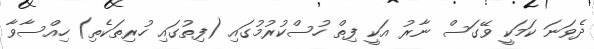
ދެވަނަ ކަމަކީ ވޭގަސް ނާރު އަކީ ފިތް ހުސްކުރުމުގައި (ފިތުގައި ހުރިތަކެތި) ހިއްސާވާ